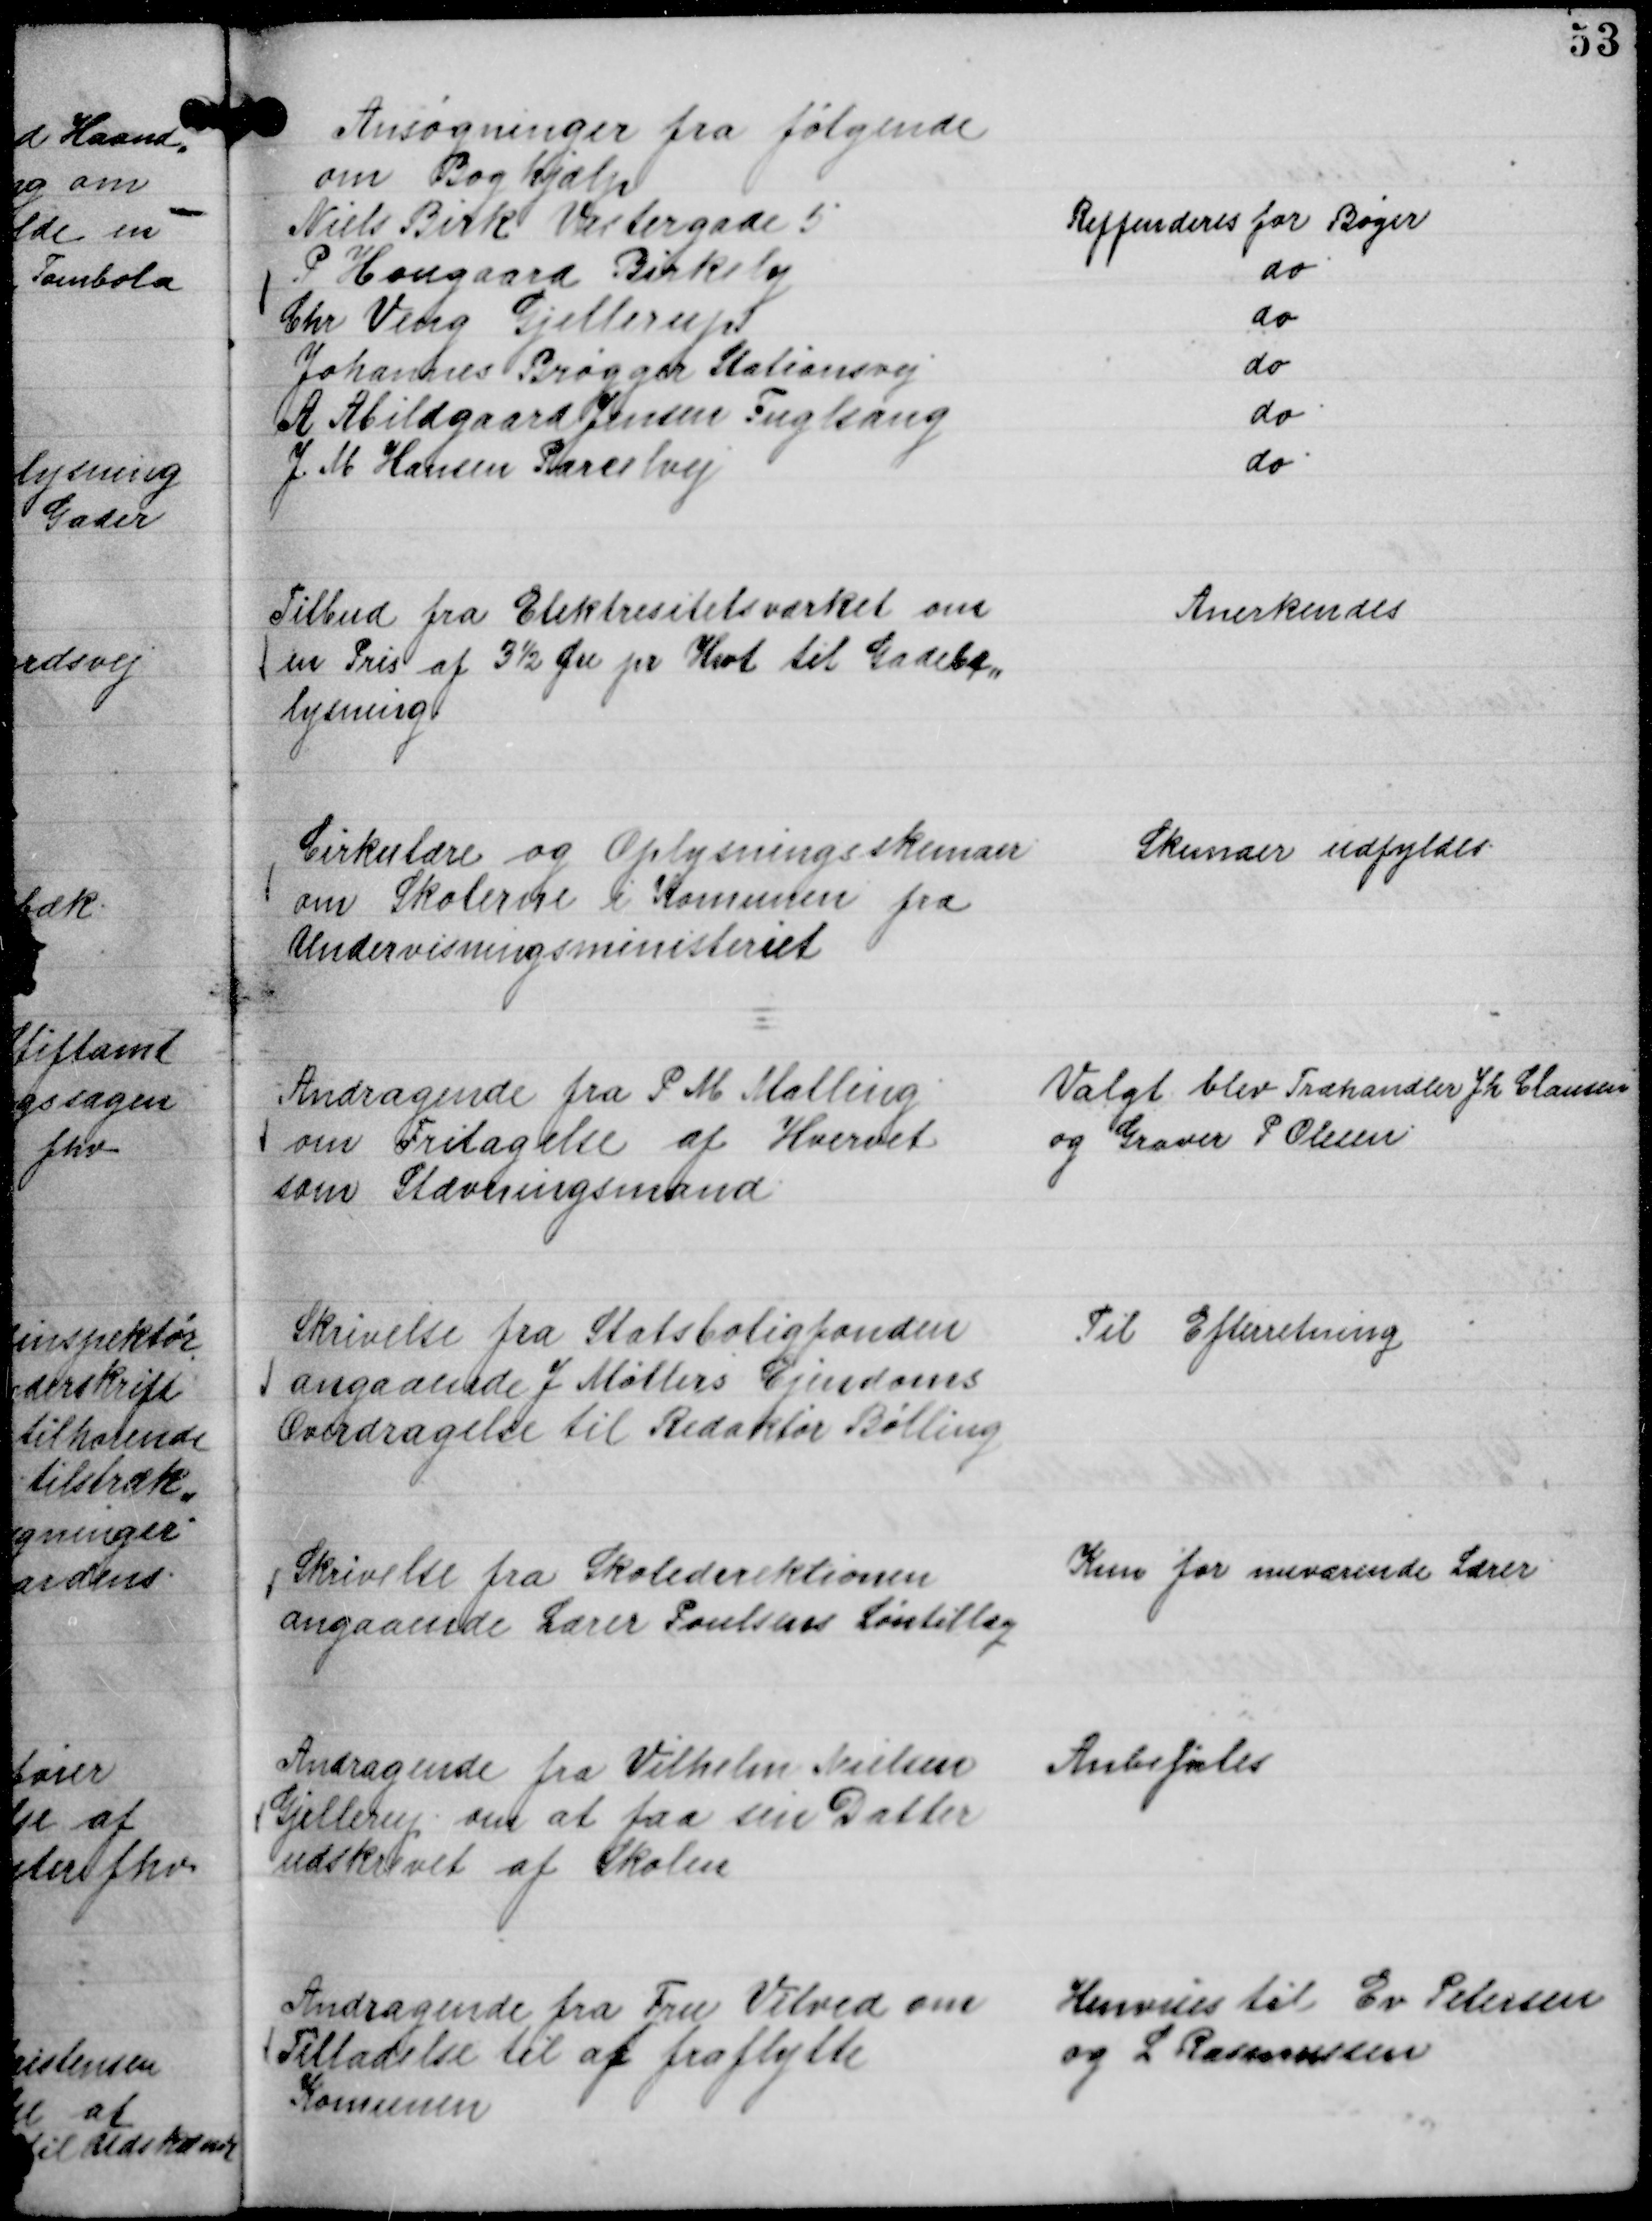
Transskription:
Ansøgninger fra følgende
om Boghjælp
Niels Birk Vestergade 5
Reffenderes for Bøger
P Hougaard Birkely
do
Chr. Veng Gjellerup
do
Johannes Brøgger Stationsvej
do
A Abildgaard Jensen Fuglsang
do.
J. M Hansen Parcelvej
do.

Tilbud fra Elektrisitetsværket om
en Pris af 3½ Øre pr Kwt til Gadebe,,
lysning

Anerkendes

Cirkulære og Oplysningsskemaer
om Skolerne i Komunen fra
Undervisningsministeriet

Skemaer udfyldes.

Andragende fra P M Malling
om Fritagelse af Hvervet
som Stævningsmand

Valgt blev Træhandler Jh Clausen
og Graver P Olesen

Skrivelse fra Statsboligfonden
angaaende J Møllers Ejendoms
Overdragelse til Redaktør Bølling

Til Efterretning

Skrivelse fra Skoledirektionen
angaaende Lærer Poulsens Løntillæg

Kun for nuværende Lærer

Andragende fra Vilhelm Nielsen
Gjellerup om at faa sin Datter
udskrevet af Skolen

Anbefales

Andragende fra Fru Vitved om
Tilladelse til af fraflytte
Komunen

Henvises til Ev Petersen
og L Rasmussen